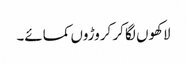
لاکھوں لگا کر کروڑوں کمائے۔